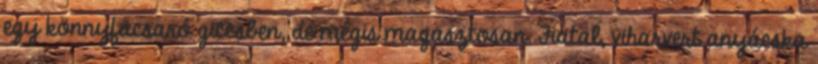
egy könnyfacsaró giccsben, de mégis magasztosan. Fiatal, viharvert anyácska